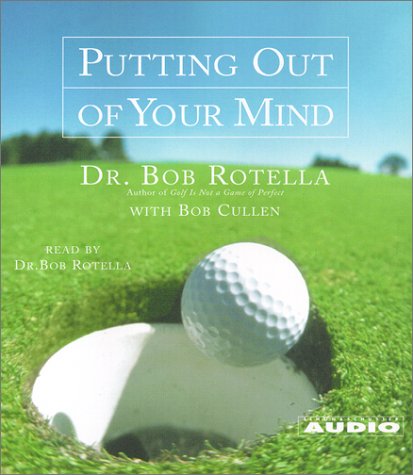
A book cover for Putting Out Of Your Mind; Bob Cullen; Sports & Outdoors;